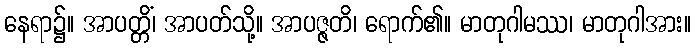
နေရာ၌။ အာပတ္တိံ၊ အာပတ်သို့။ အာပဇ္ဇတိ၊ ရောက်၏။ မာတုဂါမဿ၊ မာတုဂါအား။